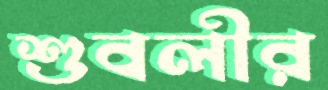
শুবলীর